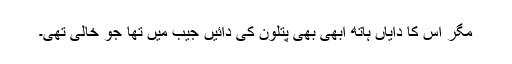
مگر اس کا دایاں ہاتھ ابھی بھی پتلون کی دائیں جیب میں تھا جو خالی تھی۔